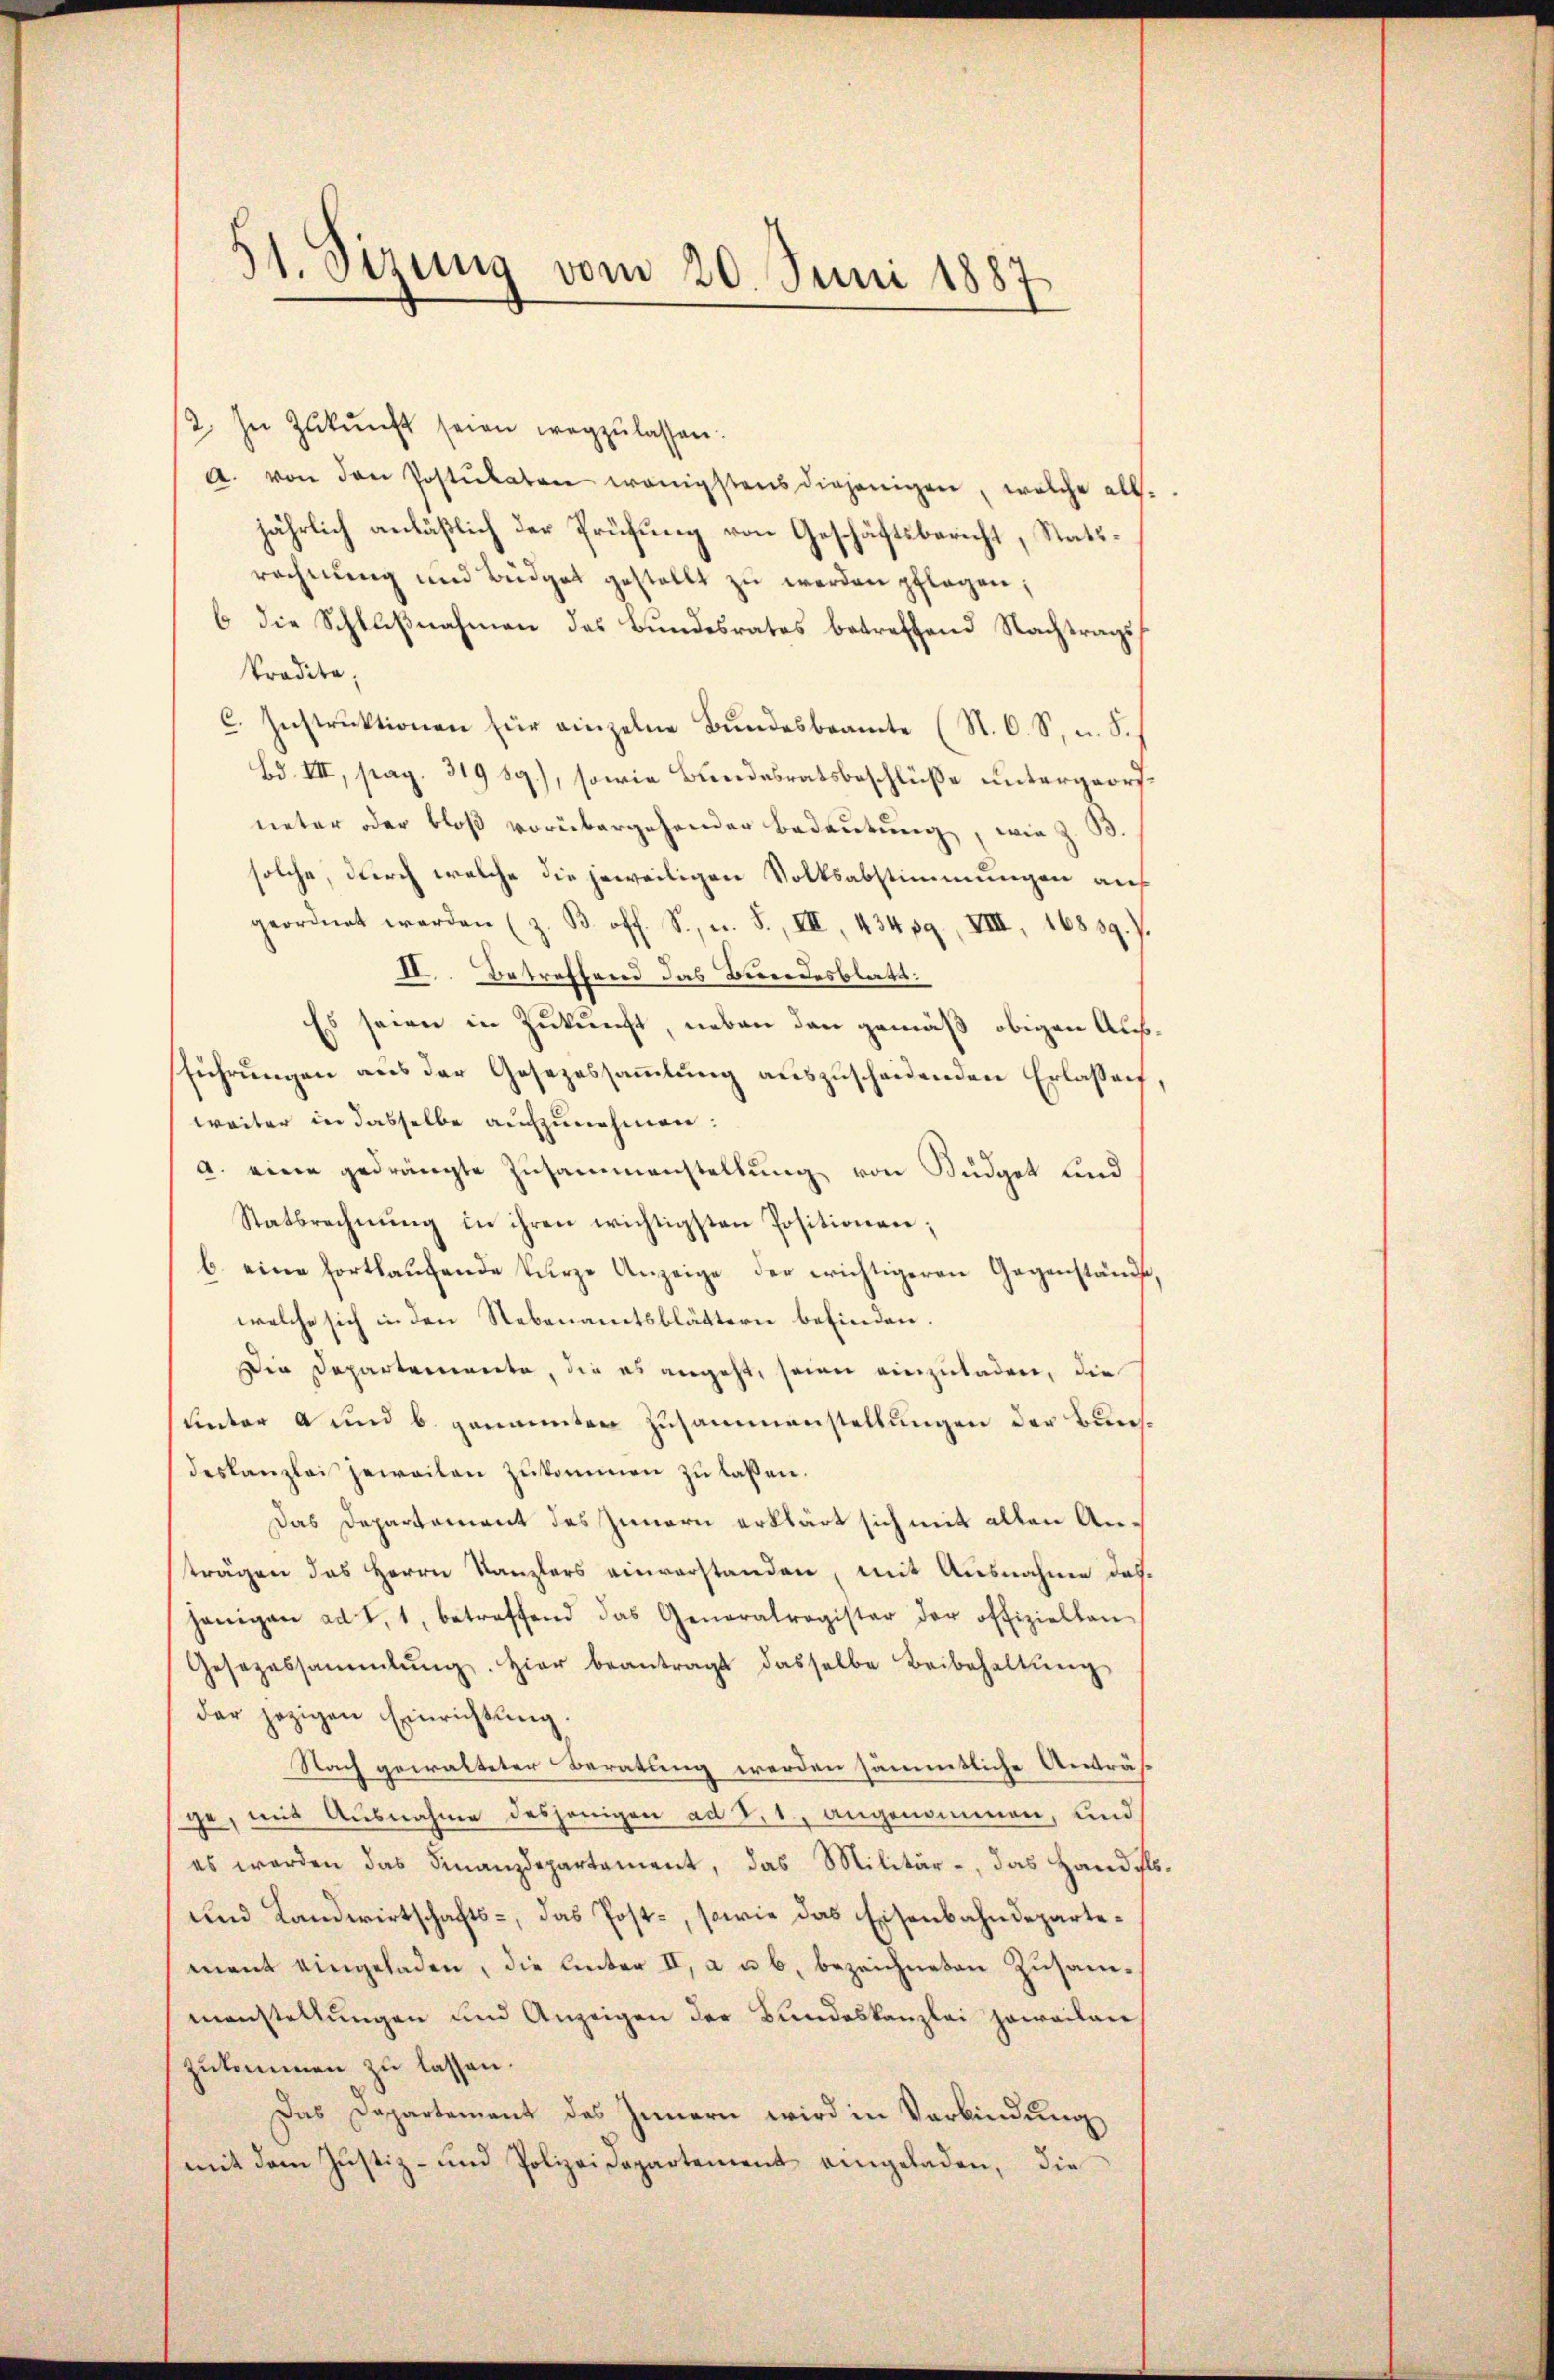
31. Sizung vom 20. Juni 1887

2. In Zukunft seien wegzulassen.
a. von den Postulaten wenigstens diejenigen, welche alls.
jährlich anläßlich der Prüfung von Geschäftsbericht, Statsrechnŭng und Büdget gestellt zŭ werden pflegen;
6 die Schlußnahmen des Bundesrates betreffend Nachtragss
Tradita
C. Instruktionen für einzelne Bundesbeamte (N. O. S. u. Sch
Bd. III, pag. 319 89), sowie Bundesratsbeschlüße untergeorfneter oder bloß vorübergehender Bedeutung, wie z. B.
solche, durch welche die jeweiligen Volksabstimmungen auf
geordnet werden (z. B. off. S., n. F., VII, 434 pg., VIII, 16839.J.
II. Betreffend das Bundesblatt.
Es seien in Zukunft, neben den gemäß obigen Ausführungen aus der Gesezessammlung auszuscheidenden Erlassung,
weiter in dasselbe aufzunehmen:
a. eine gedrängte Zusammenstellung von Büdget sind
Statsrechnŭng in ihren wichtigsten Positionen;
b. eine fortlaŭfende kurze Anzeige der erichtigeren Gegenstände,
welche sich in den Nebenamtsblättern befinden.
Die Departemente, die es angeht, seien einzuladen, die
unter a und b. genannten Zusammenstellungen der Bunsdeskanzlei jeweilen zukommen zu laßen.
Das Departement des Innern erklärt sich mit alten Anträgen das Herrn Kanzlers einverstanden, mit Ausnahme dasjenigen ad 1., 1, betreffend das Generalregister der offiziellen
Gesezessammlung. Hier beantragt dasselbe Beibehaltŭng
der jezigen Einrichtung.
Nach gewalteter Beratung werden sämmtliche Anträfge, mit Ausnahme desjenigen ad 8.1., angenommen, und
es werden das Finanzdepartement, das Militär-, das Handels¬
und Landwirtschafts-, das Post-, sowie das Eisenbahndepartemant eingeladen, die Unter II, a u. b. bezeichneten Zusammanstellungen und Anzeigen der Bundeskanzlei soweilen
zukommen zu lassen.
Das Departement des Innern wird in Verbindung
mit dem Justiz- und Polizeidepartement eingeladen, die